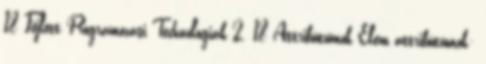
18 Fejlett Programozási Technológiák 2. 18 Attribútumok Elem attribútumok: